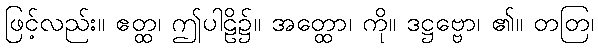
ဖြင့်လည်း။ ဧတ္ထ၊ ဤပါဠိ၌။ အတ္ထော၊ ကို။ ဒဋ္ဌဗ္ဗော၊ ၏။ တတြ၊